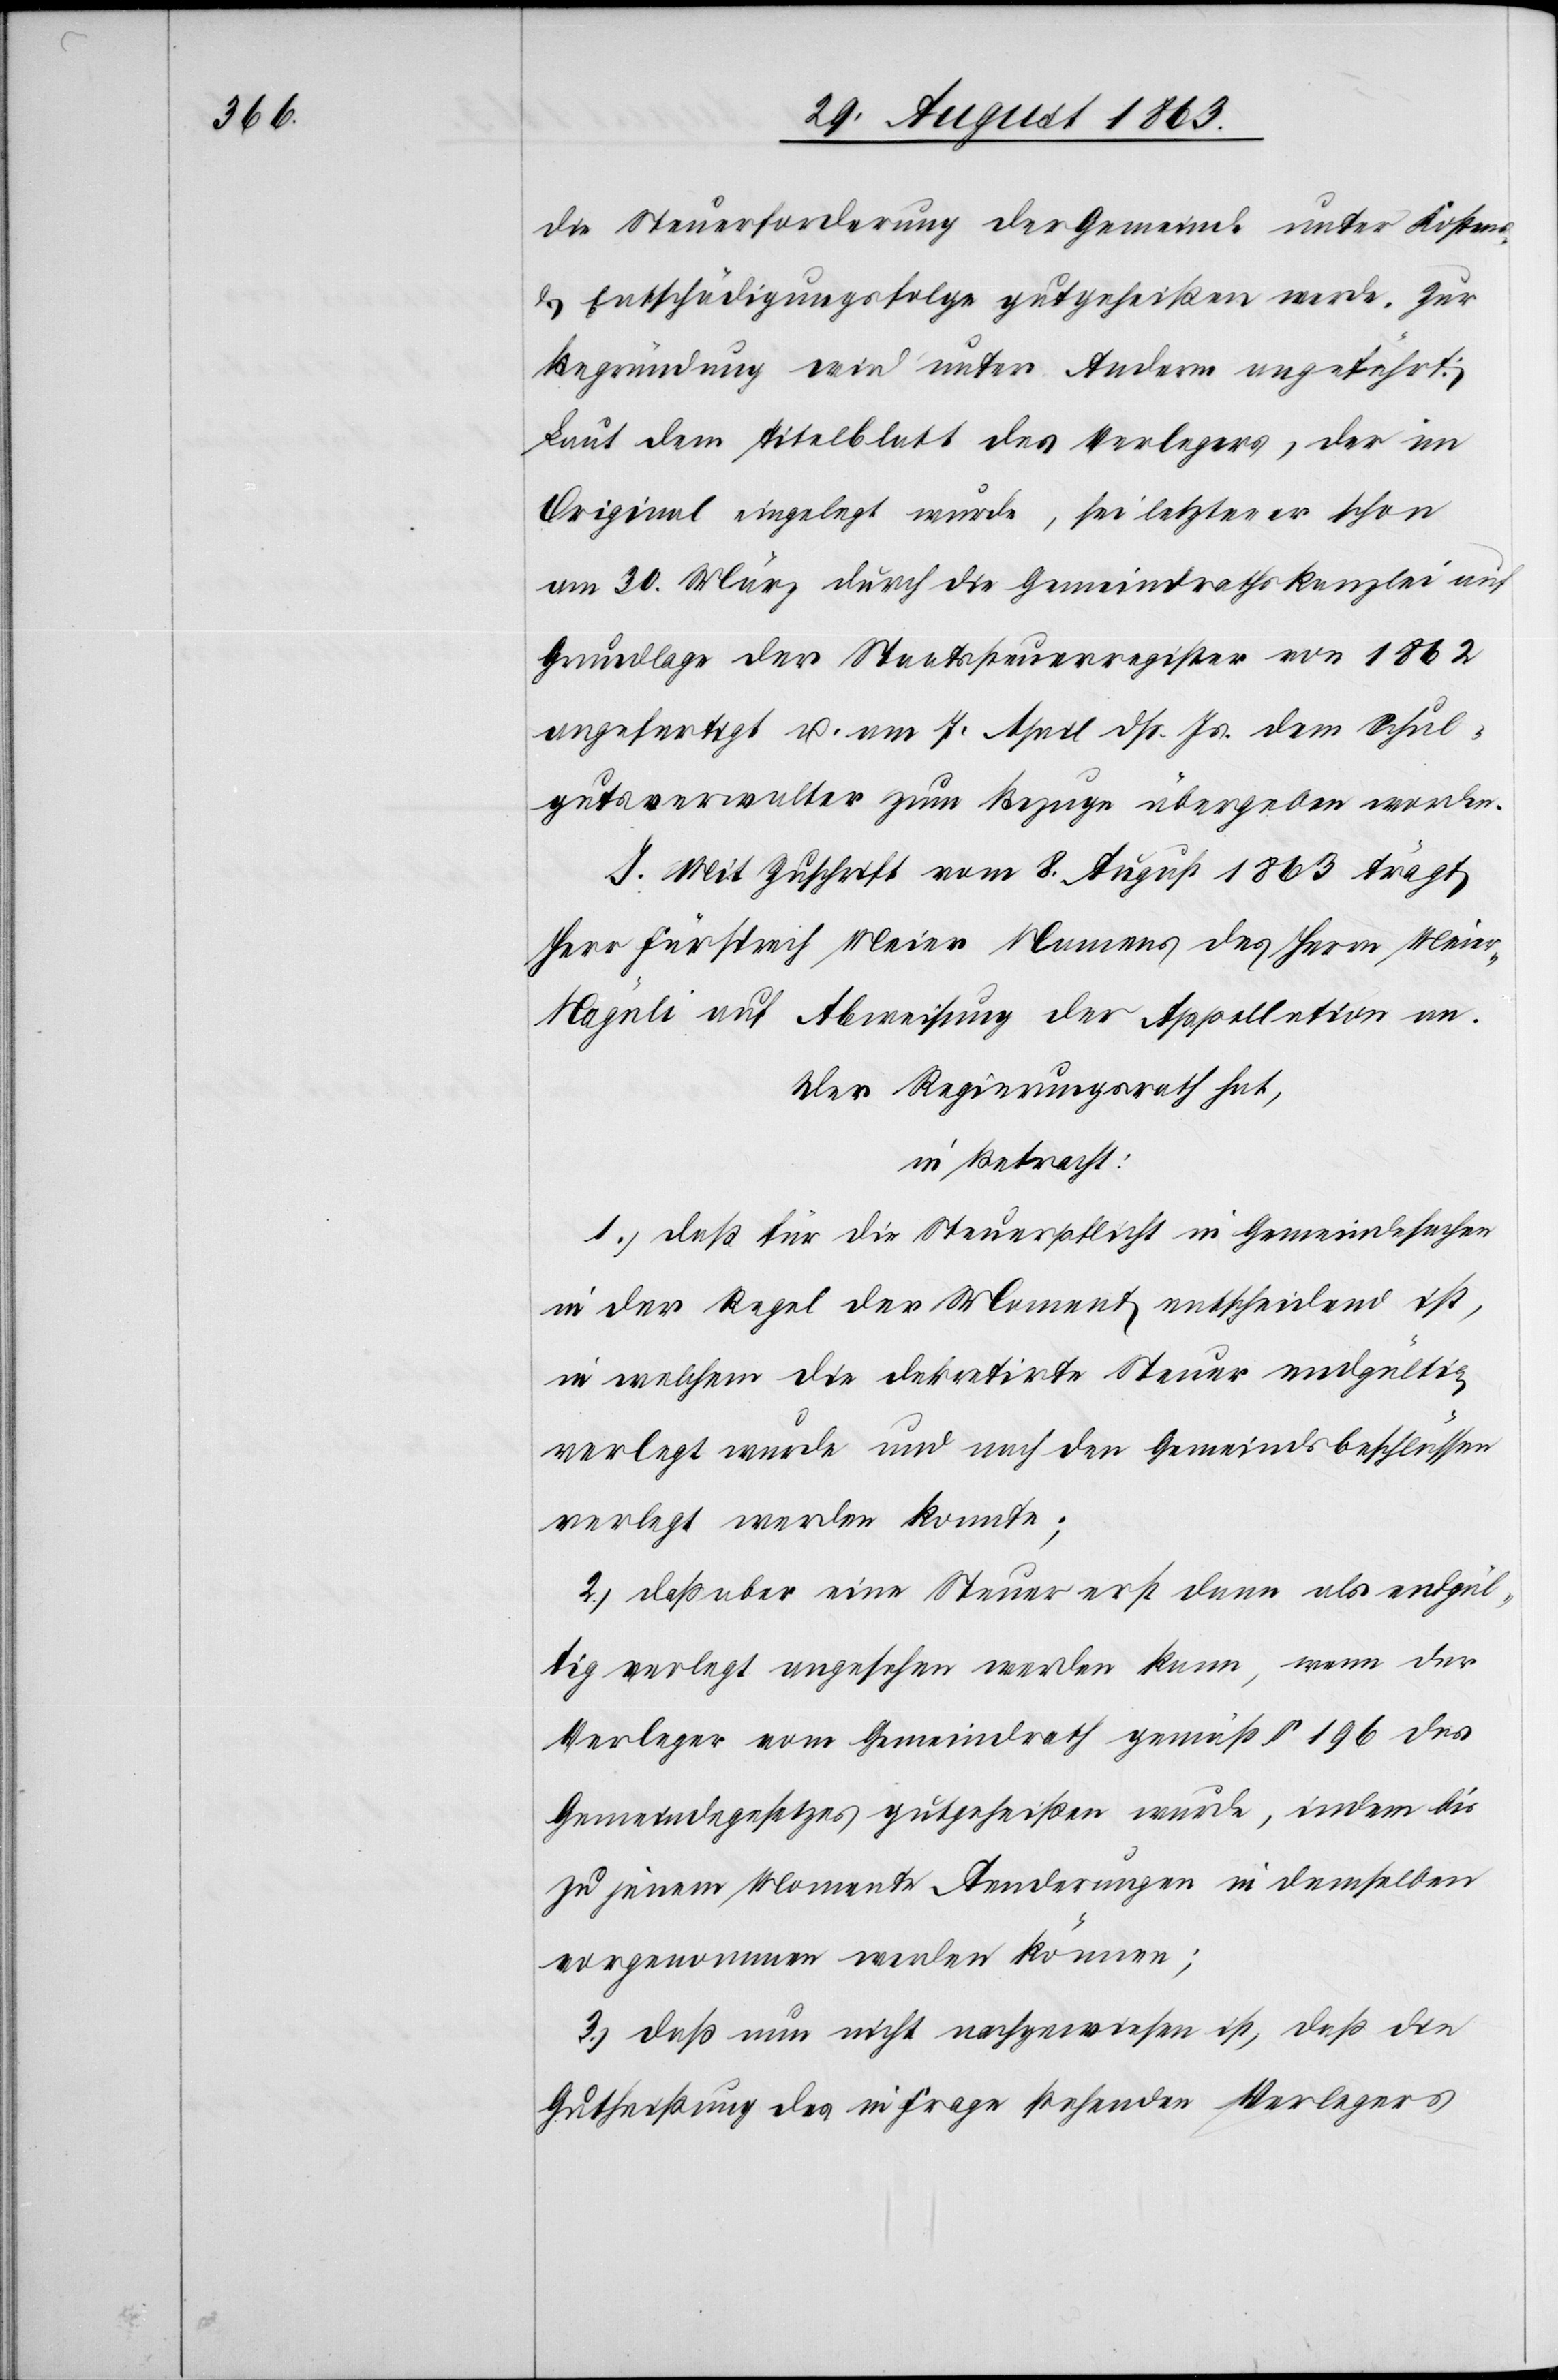
die Steuerforderung der Gemeinde unter Kostens-
& Entschädigungsfolge gutgeheißen werde. Zur
Begründung wird unter Anderm angeführt:
Laut dem Titelblatt des Verlegers, der im
Original eingelegt wurde, sei letzterer schon
am 30. März durch die Gemeindrathskanzlei auf
Grundlage der Staatssteuerregister von 1862
angefertigt u. am 7. April dß. Js. dem Schul¬
gutsverwalter zum Bezuge übergeben worden.
I. Mit Zuschrift vom 8. August 1863 trägt
Herr Fürsprech Meier Namens des Herrn Meie¬
r-Nägeli auf Abweisung der Appellation an.
Der Regierungsrath hat,
in Betracht:
1.) daß für die Steuerpflicht in Gemeindesachen
in der Regel der Moment entscheidend ist,
in welchem die dekretirte Steuer endgültig
verlegt wurde und nach den Gemeindsbeschlüssen
verlegt werden konnte;
2.) daß aber eine Steuer erst dann als endgül¬
tig verlegt angesehen werden kann, wenn der
Verleger vom Gemeindrath gemäß § 196 des
Gemeindegesetzes gutgeheißen wurde, indem bis
zu jenem Momente Aenderungen in demselben
vorgenommen werden können;
3.) daß nun nicht nachgewiesen ist, daß die
Gutheißung des in Frage stehenden Verlegers